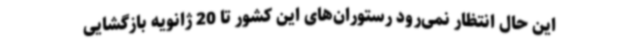
این حال انتظار نمی‌رود رستوران‌های این کشور تا 20 ژانویه بازگشایی